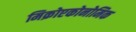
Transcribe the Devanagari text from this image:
मिक्रोएकोनोमिक